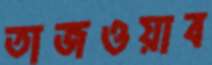
তাজওয়াব